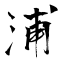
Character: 浦